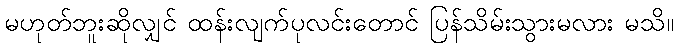
မဟုတ်ဘူးဆိုလျှင် ထန်းလျက်ပုလင်းတောင် ပြန်သိမ်းသွားမလား မသိ။